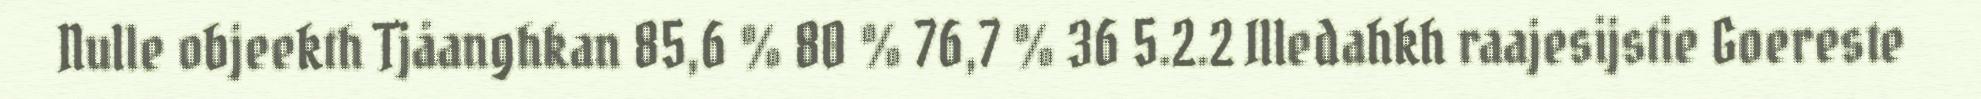
Nulle objeekth Tjåanghkan 85,6 % 80 % 76,7 % 36 5.2.2 Illedahkh raajesijstie Goereste